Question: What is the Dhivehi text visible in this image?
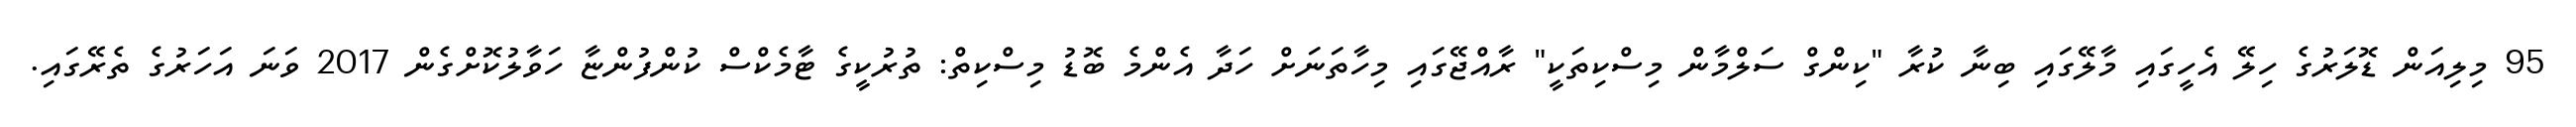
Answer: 95 މިލިއަން ޑޮލަރުގެ ހިލޭ އެހީގައި މާލޭގައި ބިނާ ކުރާ "ކިންގް ސަލްމާން މިސްކިތަކީ" ރާއްޖޭގައި މިހާތަނަށް ހަދާ އެންމެ ބޮޑު މިސްކިތް: ތުރުކީގެ ޓާމެކްސް ކުންފުންޏާ ހަވާލުކޮށްގެން 2017 ވަނަ އަހަރުގެ ތެރޭގައި.